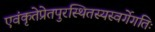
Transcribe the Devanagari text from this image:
एवंकृतेप्रेतपुरस्थितस्यस्वर्गेगतिः